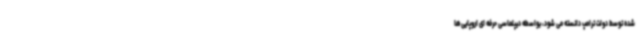
شده توسط دولت ترامپ دانسته می شود، بواسطه دیپلماسی حرفه ای اروپایی‌ها